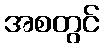
အစတွင်